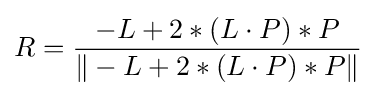
R={\frac {-L+2*(L\cdot P)*P}{\|-L+2*(L\cdot P)*P\|}}